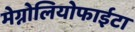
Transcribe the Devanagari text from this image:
मेग्नोलियोफाईटा